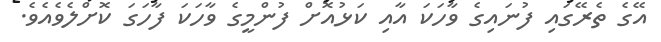
އޭގެ ތެރޭގައި ފުނައިގެ ވާހަކަ އާއި ކަޅުއޮށް ފުންމީގެ ވާހަކަ ފާހަގަ ކޮށްލެވެއެވެ.